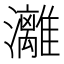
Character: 灕